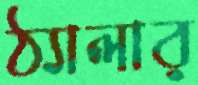
ঠ্যালার